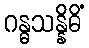
ဂန္ဓသန္နိဓိံ